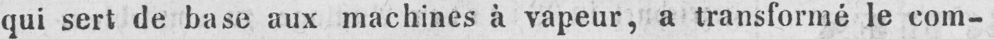
qui sert de base aux machines à vapeur, a transformé le com-